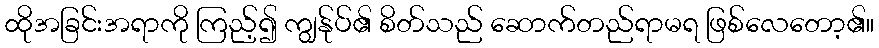
ထိုအခြင်းအရာကို ကြည့်၍ ကျွန်ုပ်၏ စိတ်သည် ဆောက်တည်ရာမရ ဖြစ်လေတော့၏။